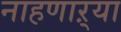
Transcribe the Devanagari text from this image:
नाहणाऱ्या